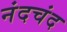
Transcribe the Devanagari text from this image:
नंदचंद